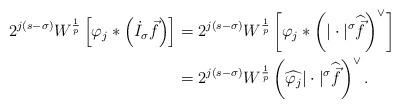
LaTeX: \begin{align*}2^{j(s-\sigma)}W^{\frac{1}{p}}\left[\varphi_j*\left(\dot I_\sigma\vec f\right)\right]&=2^{j(s-\sigma)}W^{\frac{1}{p}}\left[\varphi_j*\left(|\cdot|^\sigma\widehat{\vec f}\right)^\vee\right]\\&=2^{j(s-\sigma)}W^{\frac{1}{p}}\left(\widehat{\varphi_j}|\cdot|^\sigma\widehat{\vec f}\right)^\vee.\end{align*}